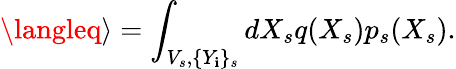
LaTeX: \langleq\rangle=\int_{V_{s},\{ Y_{\mathbf{i}}\} _{s}}dX_{s}q(X_{s})p_{s}(X_{s}).